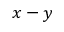
x - y